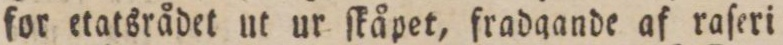
for etatsrådet ut ur ſkåpet, fradgande af raſeri